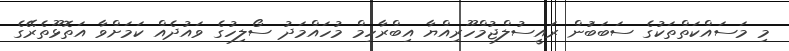
މި މަސައްކަތްތަކުގެ ސަބަބަުން ރައީސުލްޖުމްހޫރިއްޔާ އިބްރާހިމް މުހައްމަދު ސޯލިހުގެ ވައުދެއް ކަމަށްވާ އަތޮޅޫތެރޭގެ